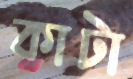
কাটা